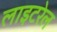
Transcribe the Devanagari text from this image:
लाइटरेल